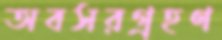
অবসরগ্রহণ